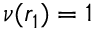
\nu ( r _ { 1 } ) = 1